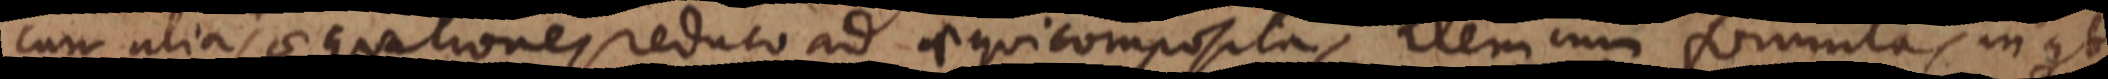
cum alias aequationes reduco ad aequicompositas, item cum formulas in